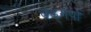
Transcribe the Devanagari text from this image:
चड्गपों